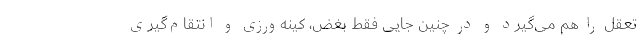
تعقل را هم می‌گیرد و در چنین جایی فقط بغض، کینه‌ورزی و انتقام‌گیری